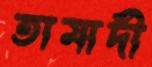
তামাদী